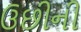
ઉછીની